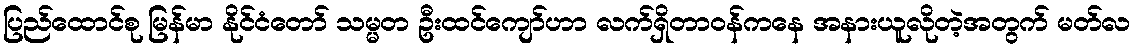
ပြည်ထောင်စု မြန်မာ နိုင်ငံတော် သမ္မတ ဦးထင်ကျော်ဟာ လက်ရှိတာဝန်ကနေ အနားယူလိုတဲ့အတွက် မတ်လ